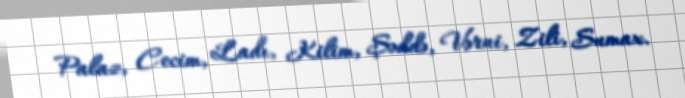
Palaz, Cecim, Ladı, Kilim, Şəddə, Vərni, Zili, Sumax.